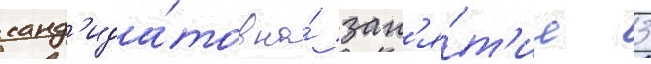
канд'ида́тов на́ зан'я́т'ие 3